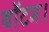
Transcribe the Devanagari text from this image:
बॉटम।